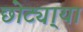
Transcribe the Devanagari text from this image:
छोट्या्या